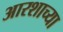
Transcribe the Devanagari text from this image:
आरशाच्या